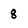
Character: 8